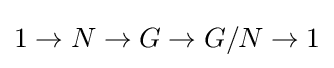
1\to N\to G\to G/N\to 1